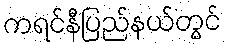
ကရင်နီပြည်နယ်တွင်